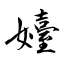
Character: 嬯